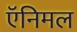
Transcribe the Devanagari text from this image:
ऍनिमल